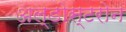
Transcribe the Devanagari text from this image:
अल्डोस्टरोन